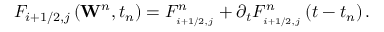
{ { F } _ { i + 1 / 2 , j } } \left( { { \mathbf { W } } ^ { n } } , { { t } _ { n } } \right) = F _ { _ { i + 1 / 2 , j } } ^ { n } + { { \partial } _ { t } } F _ { _ { i + 1 / 2 , j } } ^ { n } \left( t - { { t } _ { n } } \right) .